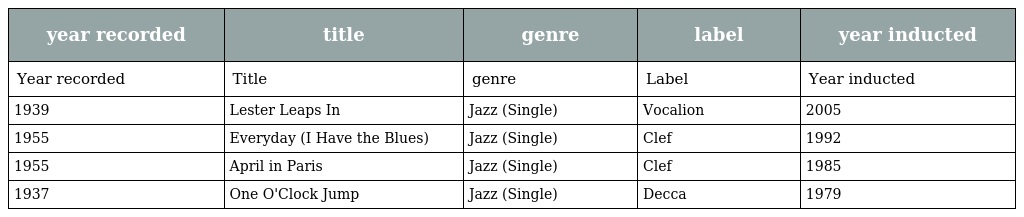
| year recorded | title | genre | label | year inducted |
 | --- | --- | --- | --- | --- |
 | Year recorded | Title | genre | Label | Year inducted |
 | 1939 | Lester Leaps In | Jazz (Single) | Vocalion | 2005 |
 | 1955 | Everyday (I Have the Blues) | Jazz (Single) | Clef | 1992 |
 | 1955 | April in Paris | Jazz (Single) | Clef | 1985 |
 | 1937 | One O'Clock Jump | Jazz (Single) | Decca | 1979 |